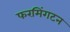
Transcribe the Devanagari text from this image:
फरमिंगटन